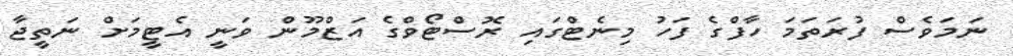
ނަމަވެސް ފުރަތަމަ ހާފްގެ ފަހު މިނެޓްގައި ރޮސްޓޯވްގެ އަޒްމޫން ވަނީ އެޓީމަށް ނަތީޖާ